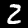
Label: 2